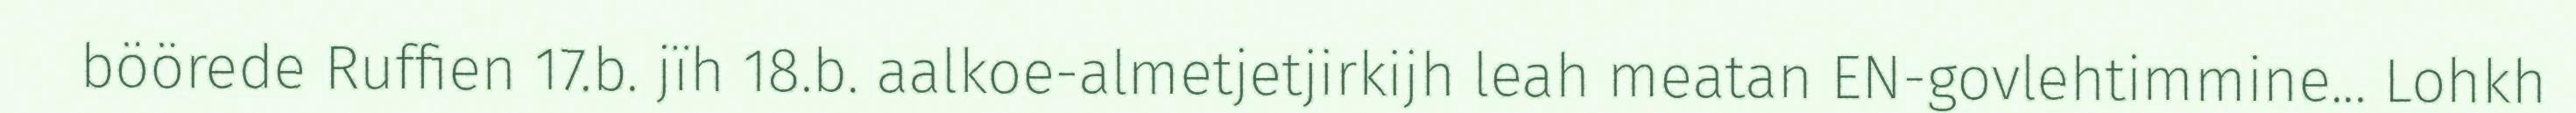
böörede Ruffien 17.b. jïh 18.b. aalkoe-almetjetjirkijh leah meatan EN-govlehtimmine... Lohkh